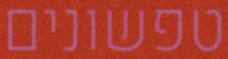
טפשונים